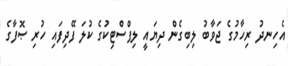
އެހިނދު ރިހާމުގެ ޖަވާބު ލިބިގެން ދިޔައީ ލިޕްސްޓިކުގެ ކުލަ ފޭދިފައި ހުރި ޞޮފާގެ